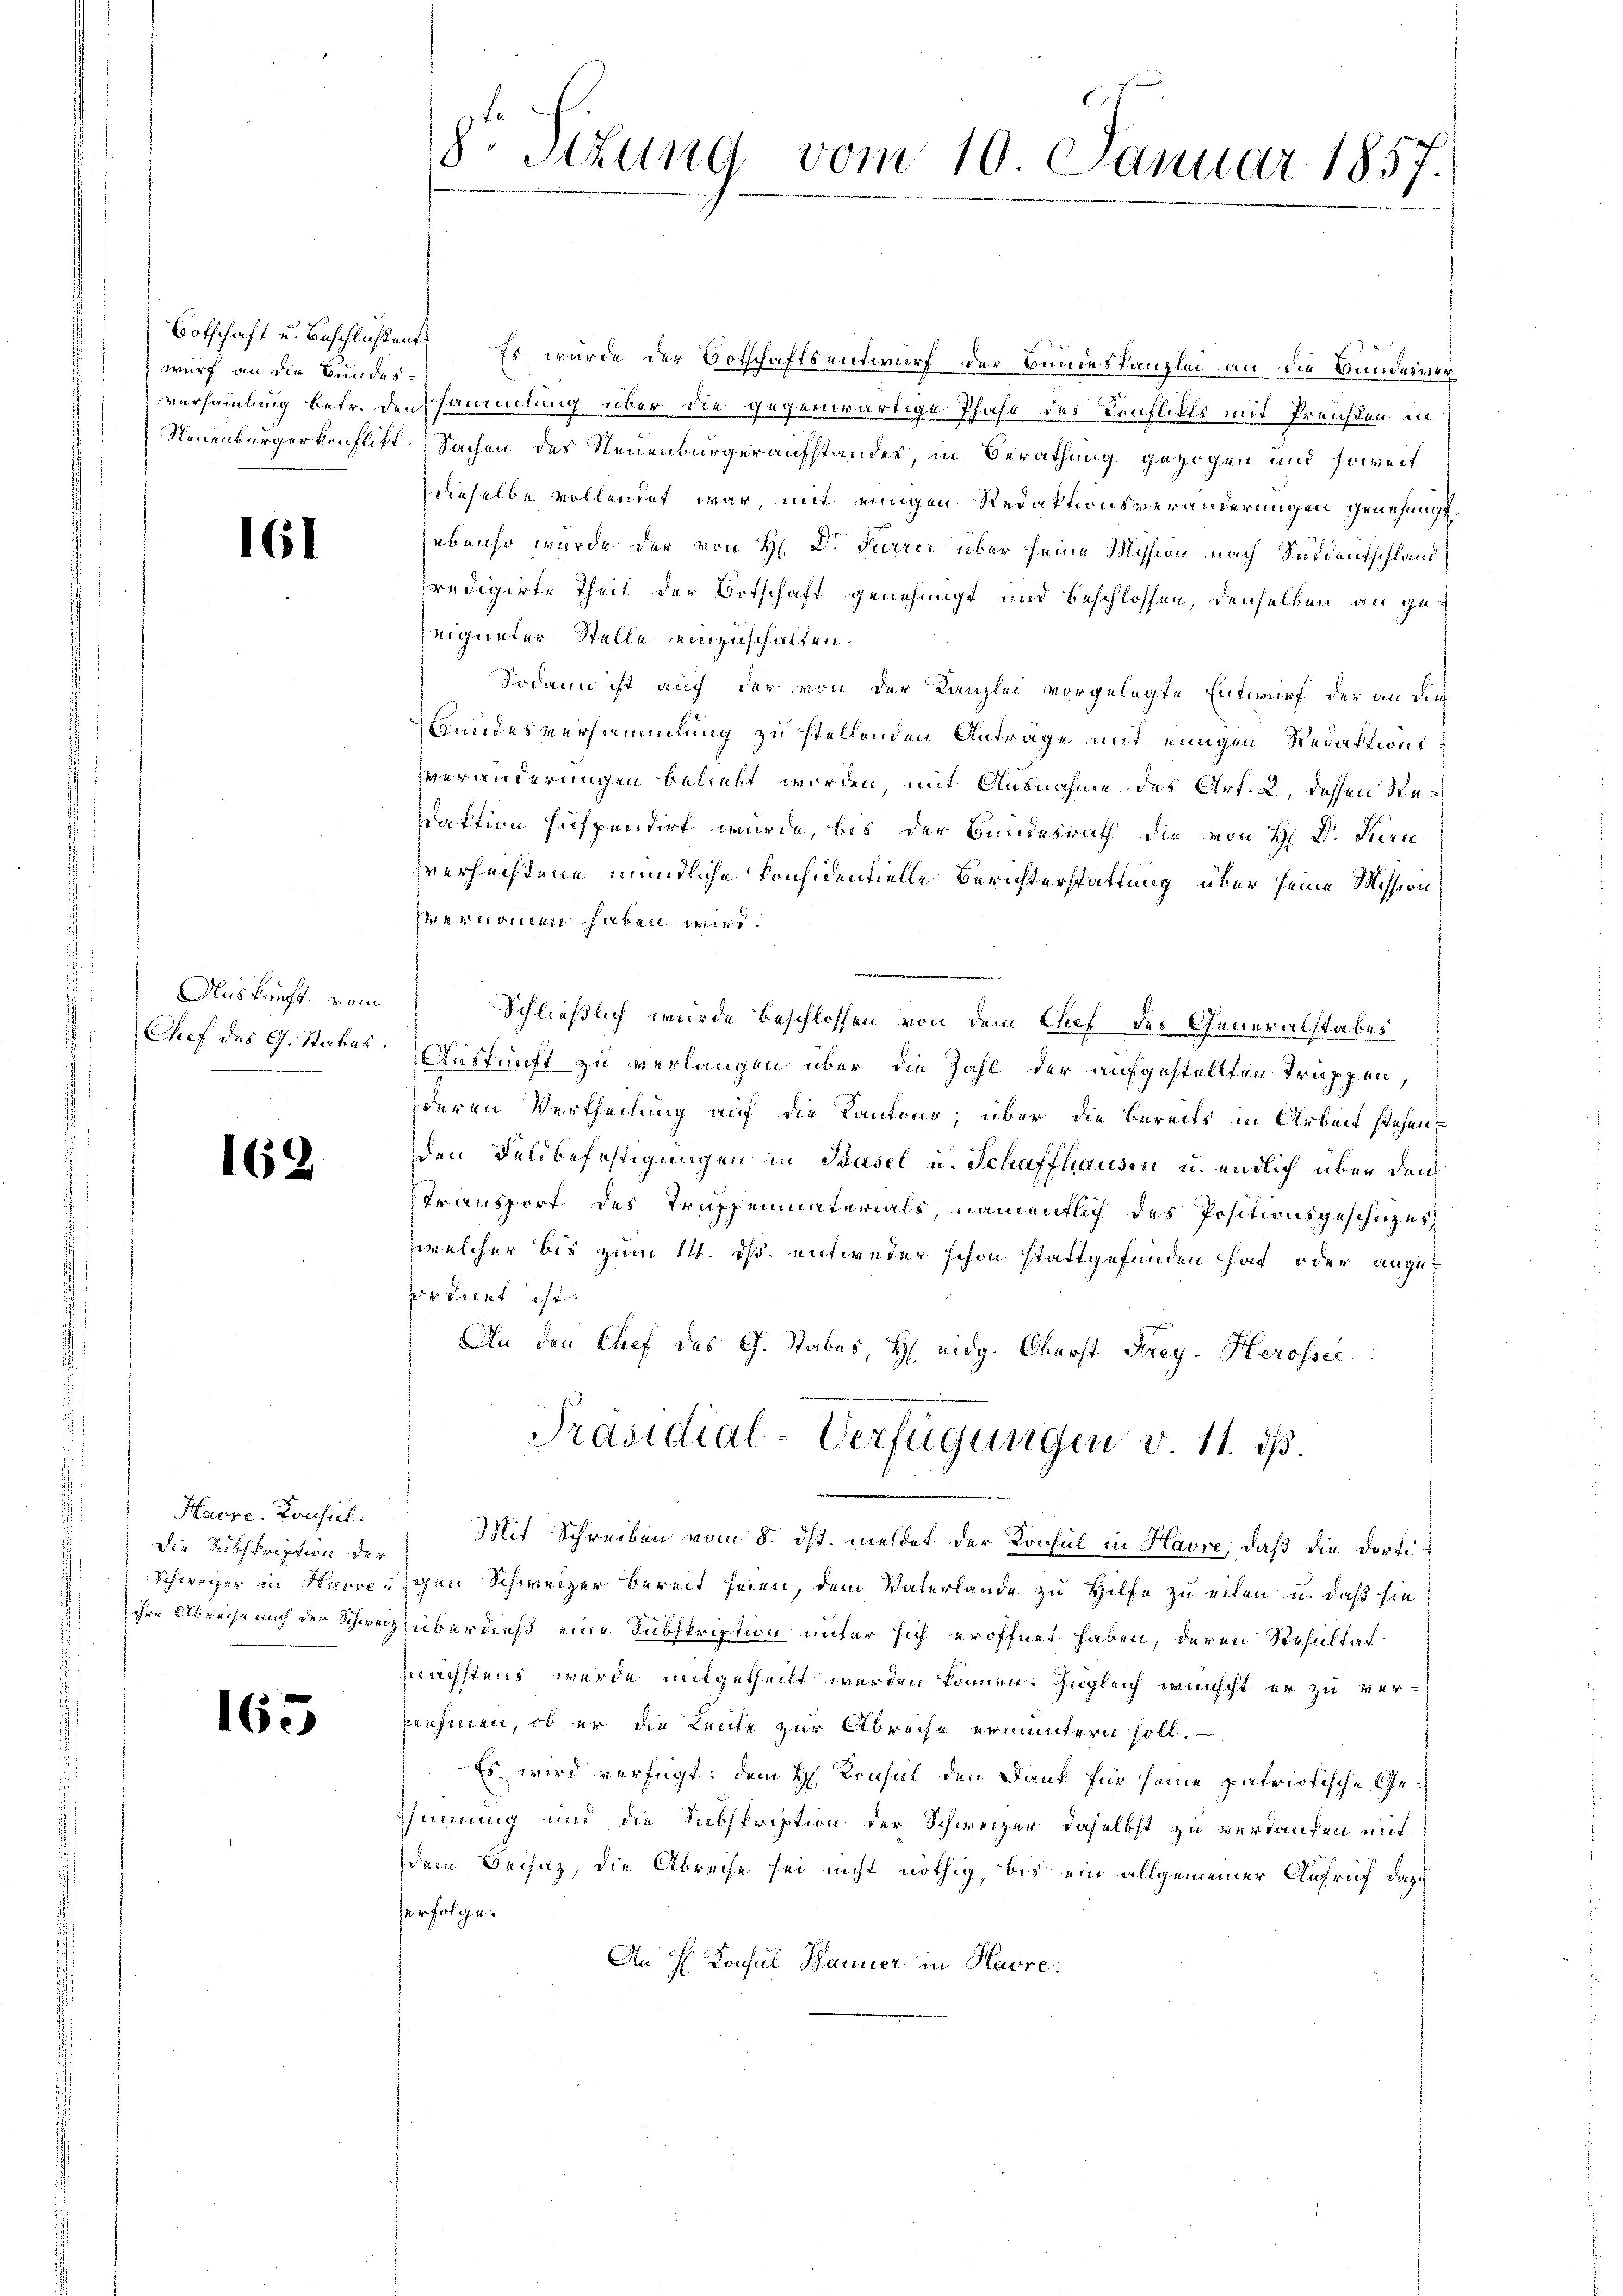
wurf an die Bundes-

161

Auskunft vom
Chef des G. Stabes.

162

Havre. Konsul
Die Subskription der
Schweizer in Hause
ihre Abreiche nach der Schwei¬

165

8. Sitzung vom 10. Januar 1857.

Botschaft u. Beschlißen. Es wurde der Botschaftsentwurf der Bundeskanzlei an die Bundeiner
versammlung betr. dersammlung über die gegenwärtige Pfahl des Konflikts mit Preisen in
Neuenburgerkonflikt Sachen des Neuenburgeraufstandes, in Berathung gezogen und soweit
dieselbe vollendet war, mit einigen Redaktionsveränderungen genehmigt.
ebenso wurde der von H. Dr. Furrer über seine Mission nach Seidentschland
predigirte Theil der Botschaft genehmigt und beschlossen, denselben an geeigneter Stelle einzuschalten.
Sodann ist auch der von der Kanzlei vorgelegte Entwurf der an die
Hundesversammlung zu stellenden Anträge mit einigen Redaktionsveränderungen beliebt worden, mit Ausnahme des Art. 2, dessen Redaktion hispendirt wurde, bis der Bundesrath die von H Dr. Teu
verfechtene mündliche konfidentielle Berichterstattung über seine Mission
vernommen haben wird.
Schließlich wurde beschlossen von dem Chef des Generalstabes
Auskunft zu verlangen über die Zahl der aufgestellten Truppen,
deren Vertheilung auf die Kantone; über die bereits in Arbeit stehen,
den Feldbefestigungen in Basel u. Schaffhausen u. endlich über den
Transport des Truppenmaterials namentlich des Positionsgeschüzer
welcher bis zum 14. ds. entweder schon stattgefunden hat oder anget
ordnet ist.
An den Chef des G. Stabes, H. eidg. Oberst Frey- Herossec
Präsidial-Verfügungen v. 11. ds.
Mit Schreiben vom 8. ds. meldet der Konsul in Havre, daß die dortiigen Schweizer bereit seien, dem Vaterlande zu Hilfe zu eilen u. daß sie
Züberdieß eine Subskription unter sich eröffnet haben, deren Resultat
mnachstens wurde mitgetheilt worden können. Zugleich wünscht er zu vernehmen, ob er die Leute zur Abreche ermuntern soll.
Es wird verfügt: dem H. Konsul den Dank für seine patriotische Gesinnung und die Subskription der Schweizer daselbst zu verdaufen mit
dem Beisaz, die Abreise sei nicht nöthig, bis ein allgemeiner Aufruf dazu
erfolge.
An H. Konsul Banner in Havre.